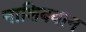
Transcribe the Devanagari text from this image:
नाशिबवान